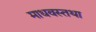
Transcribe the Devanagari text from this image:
माधवस्तथा